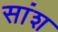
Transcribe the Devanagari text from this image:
सांश